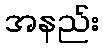
အနည်း